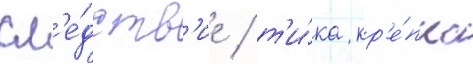
сл'е́дств'ие / т'и́ка кр'е́пко